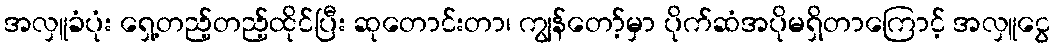
အလှူခံပုံး ရှေ့တည့်တည့်ထိုင်ပြီး ဆုတောင်းတာ၊ ကျွန်တော့်မှာ ပိုက်ဆံအပိုမရှိတာကြောင့် အလှူငွေ